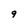
Character: 9